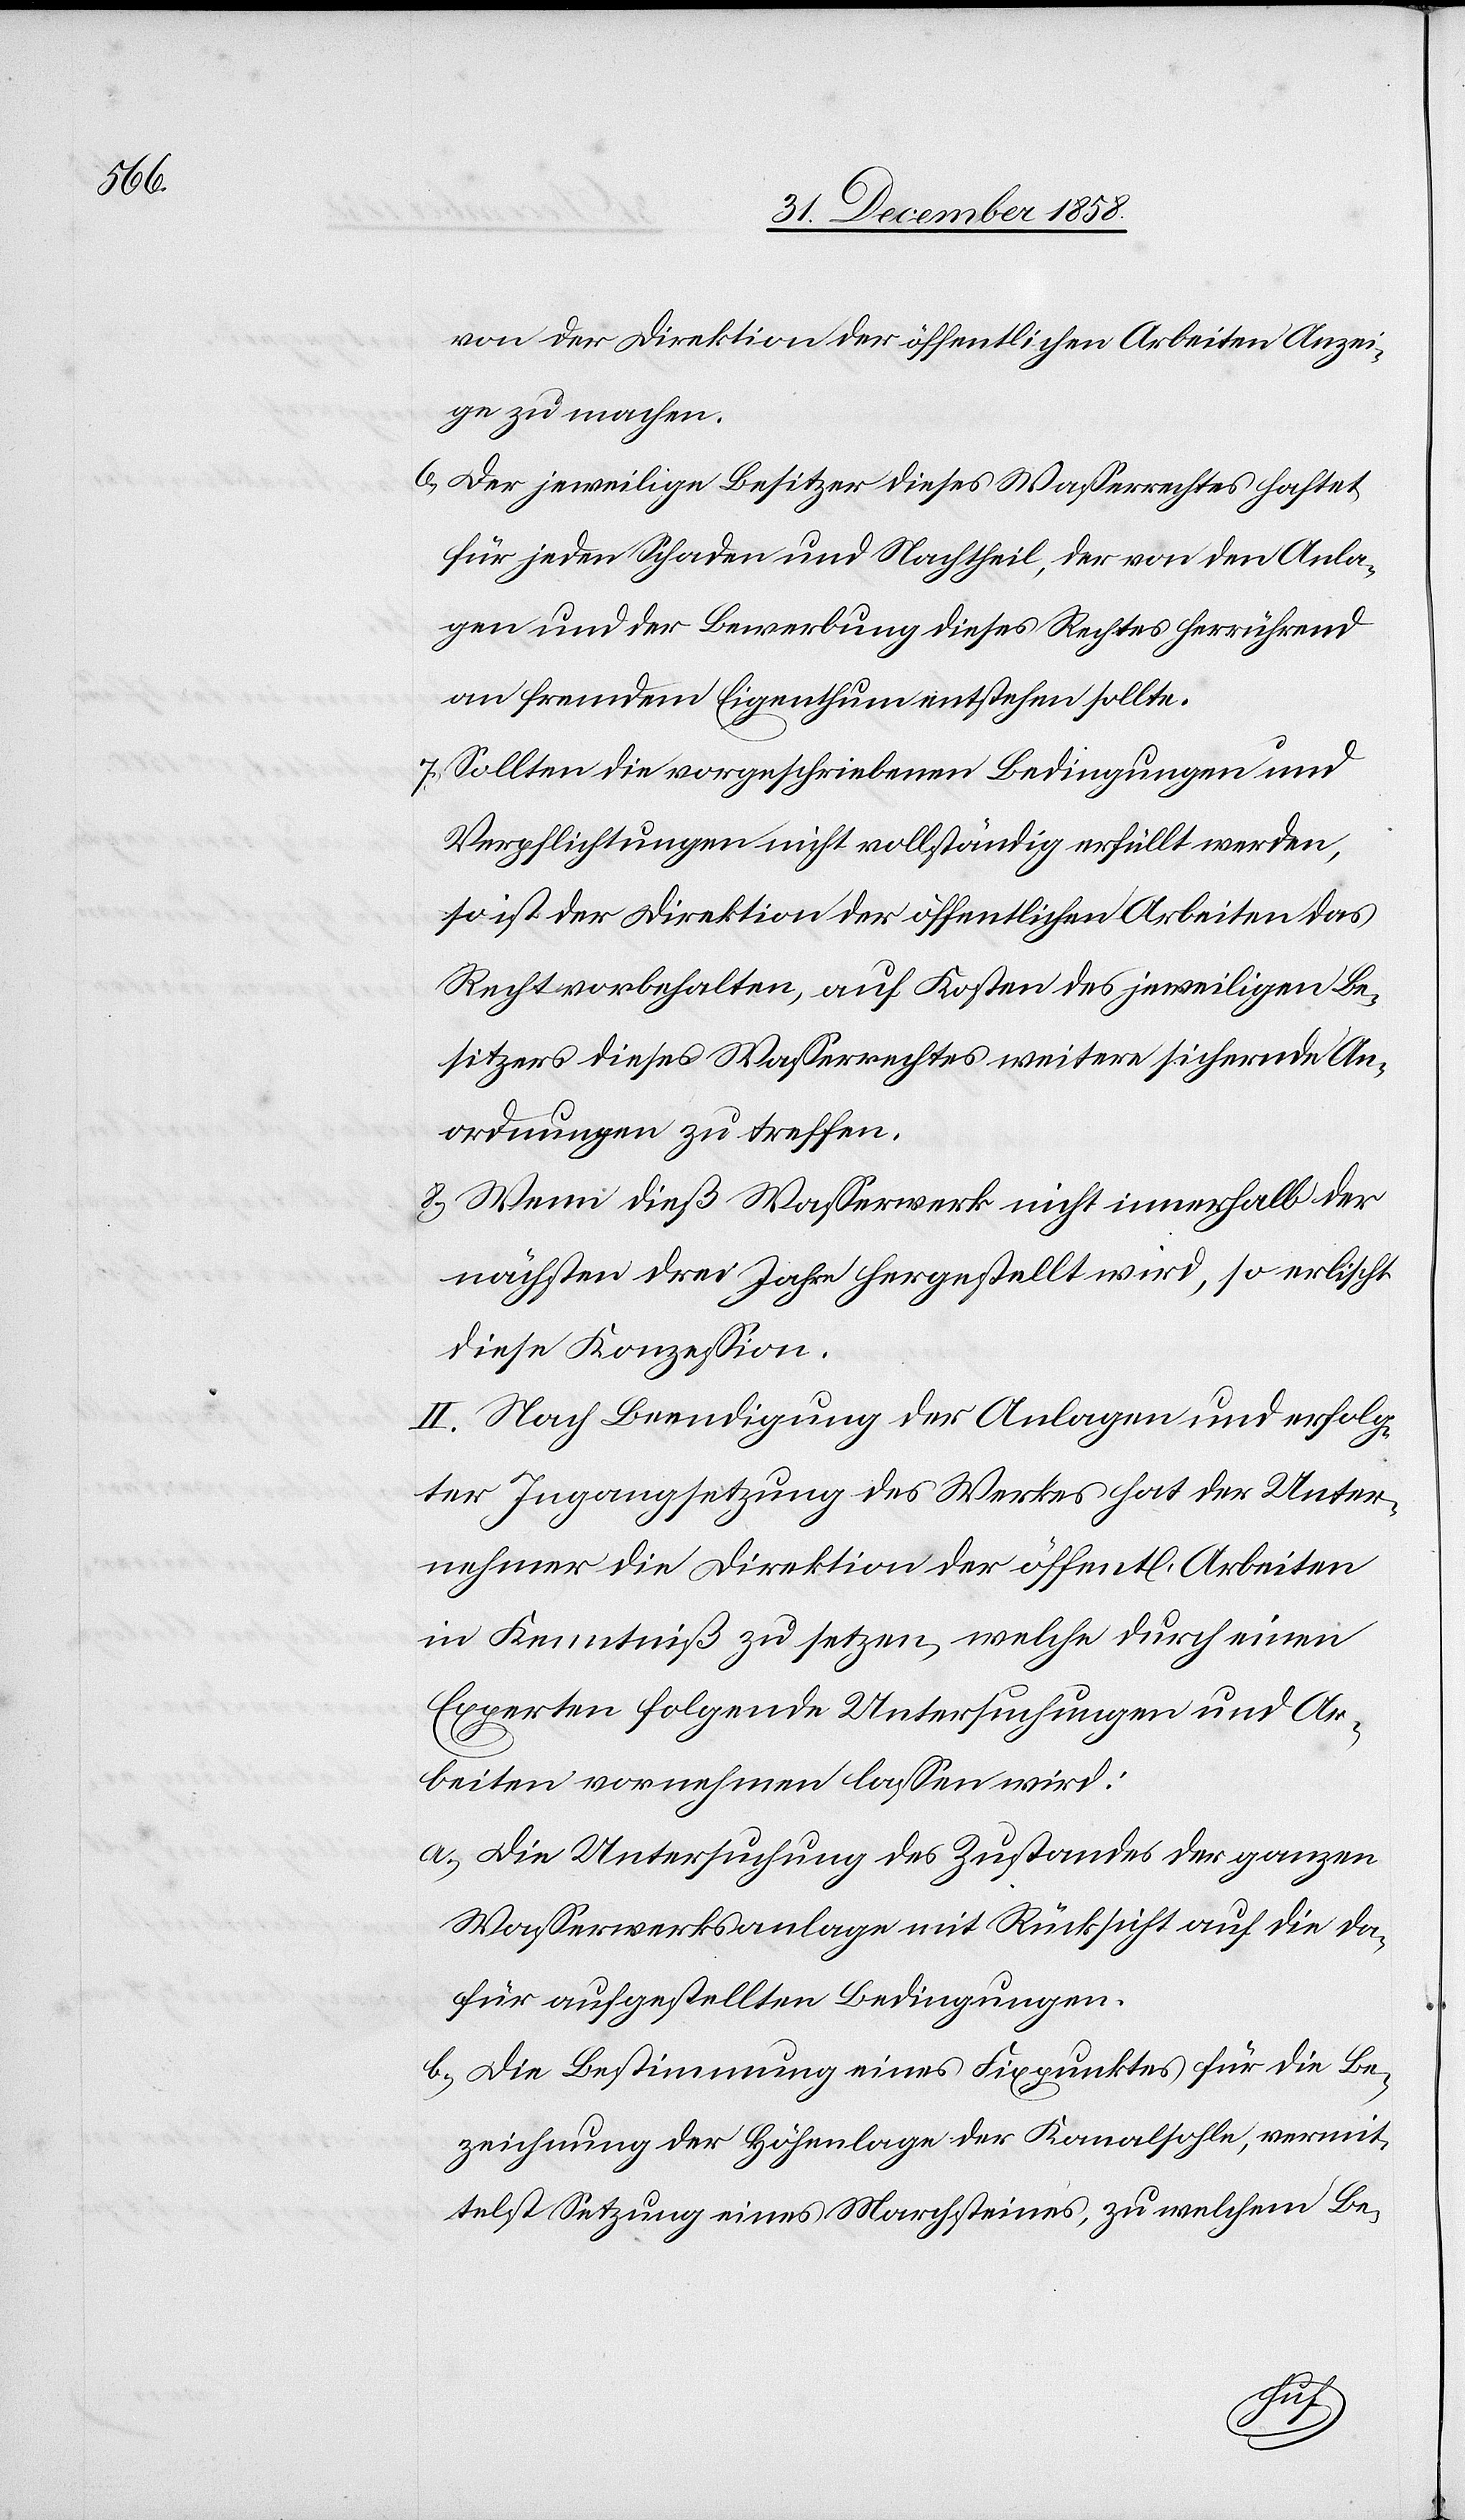
1104.

244.